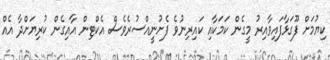
ކިޔުމަށް ފޫގަޅާފައިވާއިރު މީގެން ކަމަކާއި ކައިރިނުވެ ފެށުނީއްސުރެވެސް އެކްޓިން އާއިގެން ކުރިޔަށްދާ އެއް